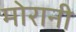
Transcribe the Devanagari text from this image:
मोरानी